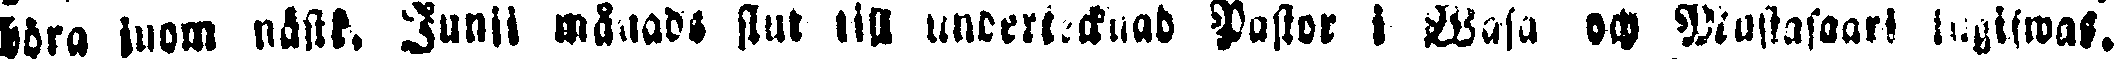
höra inom nästk. Junii månade slut till undertecknad Pastor i Wasa och Mustasaari ingifwas.